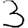
Digit: 3